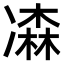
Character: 𠘆